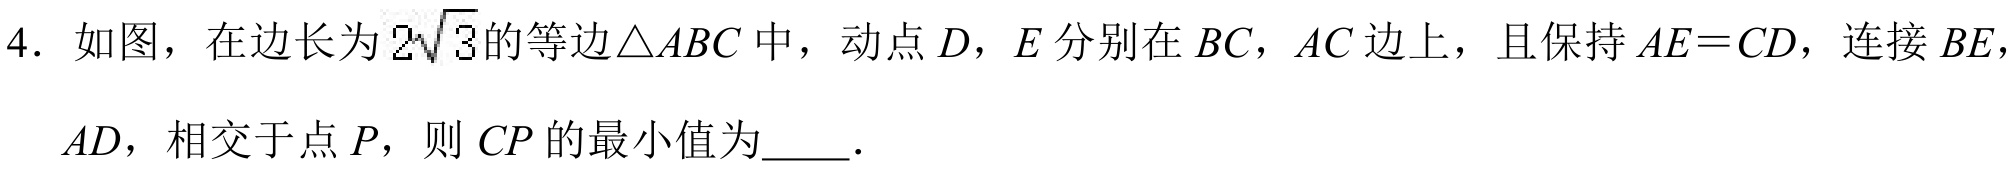
4. 如图，在边长为 \(2\sqrt{3}\)的等边\(\triangle ABC\) 中，动点 \(D\)，\(E\) 分别在 \(BC\)，\(AC\) 边上，且保持 \(AE = CD\)，连接 \(BE\)，\(AD\)，相交于点 \(P\)，则 \(CP\) 的最小值为\underline{\quad\quad}．